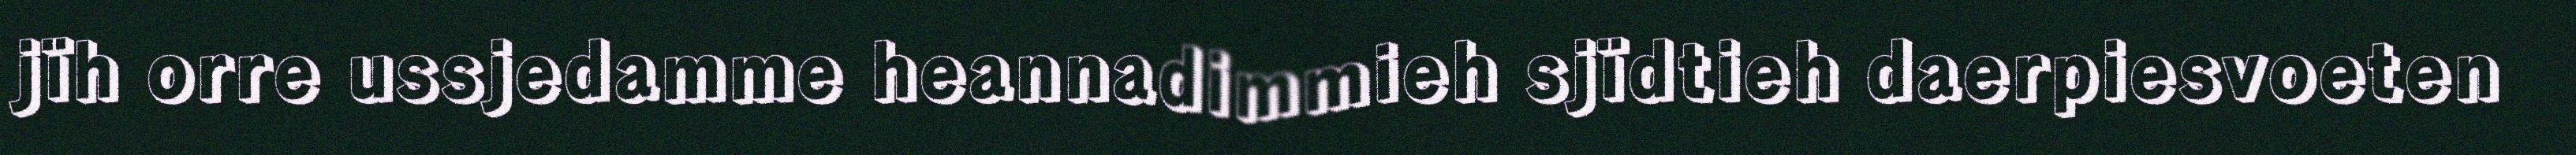
jïh orre ussjedamme heannadimmieh sjïdtieh daerpiesvoeten